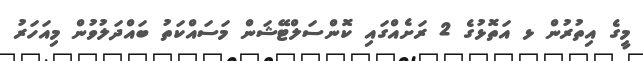
މީގެ އިތުރުން ޅ އަތޮޅުގެ 2 ރަށެއްގައި ކޮންސަލްޓޭޝަން މަސައްކަތު ބައްދަލުވުން މިއަހަރު